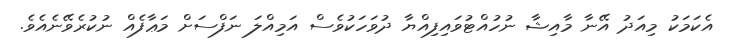
އެކަމަކު މިއަދު އޭނާ މާއިޝާ ނުހުއްޓުވައިފިއްޔާ ދުވަހަކުވެސް އަމިއްލަ ނަފްސަށް މަޢާފެއް ނުކުރެވޭނެއެވެ.